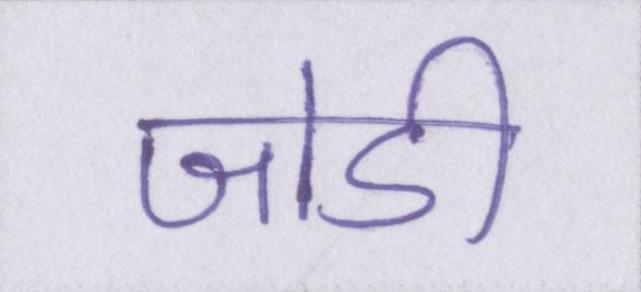
जोडी